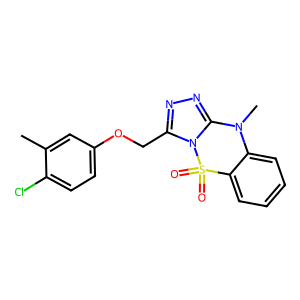
SMILES: Cc1cc(OCc2nnc3n2S(=O)(=O)c2ccccc2N3C)ccc1Cl
Inhibits HIV replication: No